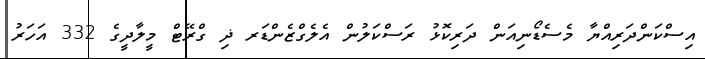
އިސްކަންދަރިއްޔާ މެސެޑޯނިއަން ދަރިކޮޅު ރަސްކަލުން އެލެގްޒެންޑަރ ޛި ގްރޭޓް މީލާދީގެ 332 އަހަރު